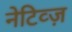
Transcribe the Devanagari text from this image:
नेटिव्ज़